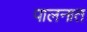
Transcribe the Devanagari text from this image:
पालनात